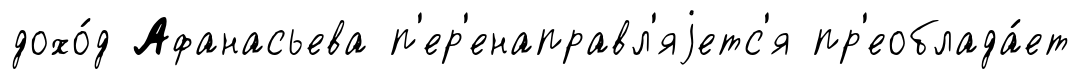
дохо́д Афанасьева п'ер'енаправл'яjетс'я пр'еоблада́ет